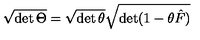
\sqrt { \det \Theta } = \sqrt { \det \theta } \sqrt { \det ( 1 - \theta \hat { F } ) }